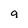
Character: g